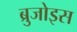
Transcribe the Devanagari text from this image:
ब्रुजोइस